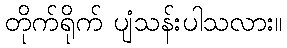
တိုက်ရိုက် ပျံသန်းပါသလား။